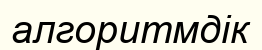
алгоритмдік